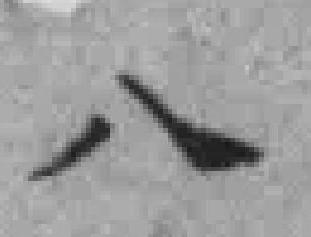
八